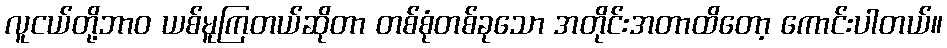
လူငယ်တို့ဘာဝ ယစ်မူကြတယ်ဆိုတာ တစ်စုံတစ်ခုသော အတိုင်းအတာထိတော့ ကောင်းပါတယ်။